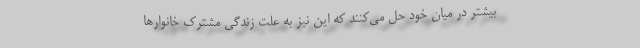
بیشتر در میان خود حل می‌کنند که این نیز به علت زندگی مشترک خانوارها